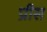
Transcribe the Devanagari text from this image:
प्रीस